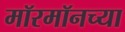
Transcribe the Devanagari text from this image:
मॉरमॉनच्या